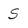
Character: S